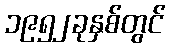
၁၉၅၂ခုနှစ်တွင်